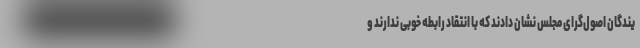
یندگان اصول‌گرای مجلس نشان دادند که با انتقاد رابطه خوبی ندارند و